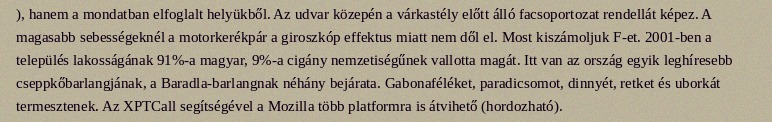
), hanem a mondatban elfoglalt helyükből. Az udvar közepén a várkastély előtt álló facsoportozat rendellát képez. A magasabb sebességeknél a motorkerékpár a giroszkóp effektus miatt nem dől el. Most kiszámoljuk F-et. 2001-ben a település lakosságának 91%-a magyar, 9%-a cigány nemzetiségűnek vallotta magát. Itt van az ország egyik leghíresebb cseppkőbarlangjának, a Baradla-barlangnak néhány bejárata. Gabonaféléket, paradicsomot, dinnyét, retket és uborkát termesztenek. Az XPTCall segítségével a Mozilla több platformra is átvihető (hordozható).